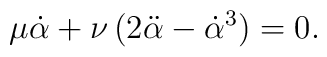
\mu {\dot{\alpha}}+\nu \,(2{\ddot{\alpha}}-{\dot{\alpha}}^{3})=0.